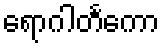
ရောဂါတင်္ကော